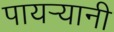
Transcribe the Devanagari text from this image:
पायर्‍यानी